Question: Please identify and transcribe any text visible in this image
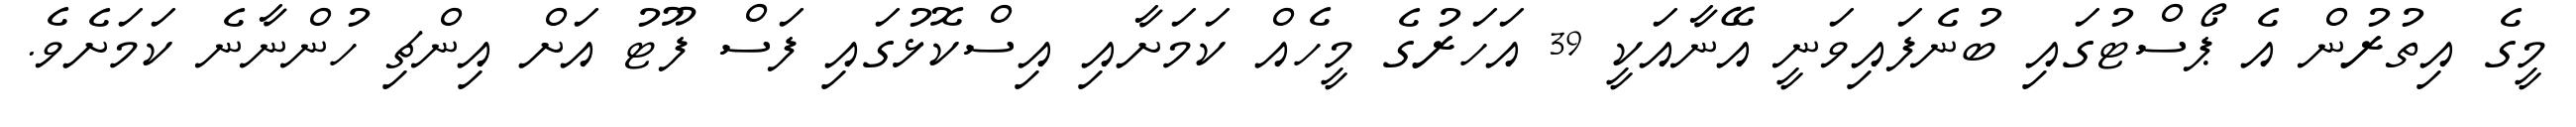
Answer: މީގެ އިތުރުން އެ ޕޯސްޓުގައި ބުނެފައިވަނީ އޭނާއަކީ 39 އަހަރުގެ މީހެއް ކަމަށާއި އިސްކޮޅުގައި ފަސް ފޫޓު އަށް އިންޗި ހުންނާނެ ކަމަށެވެ.